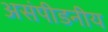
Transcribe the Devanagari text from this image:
असंपीडनीय